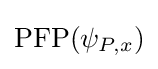
\operatorname {PFP} (\psi _{P,x})